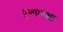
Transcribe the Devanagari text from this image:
पुण्यापेक्षा